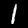
Digit: 1